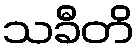
သခီတိ